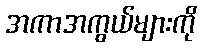
အကာအကွယ်များကို